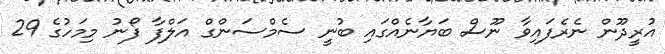
އުރީދޫން ނެރެފައިވާ ނޫސް ބަޔާނެއްގައި ބުނީ ސެމްސަންގް އަލްފާ ފޯނު މިމަހުގެ 29